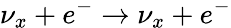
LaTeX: \nu_{x}+e^{-}\to\nu_{x}+e^{-}